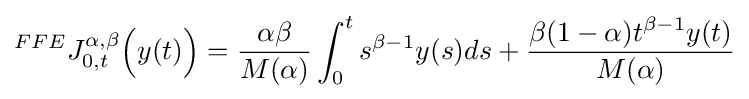
^{FFE}J_{0,t}^{\alpha ,\beta }{\Big (}y(t){\Big )}={\dfrac {\alpha \beta }{M(\alpha )}}\int _{0}^{t}s^{\beta -1}y(s)ds+{\dfrac {\beta (1-\alpha )t^{\beta -1}y(t)}{M(\alpha )}}